Report on the working of the Ranchi Indian Mental Hospital, Kanke, in Bihar and Orissa - 1930-1940
Year: 1930
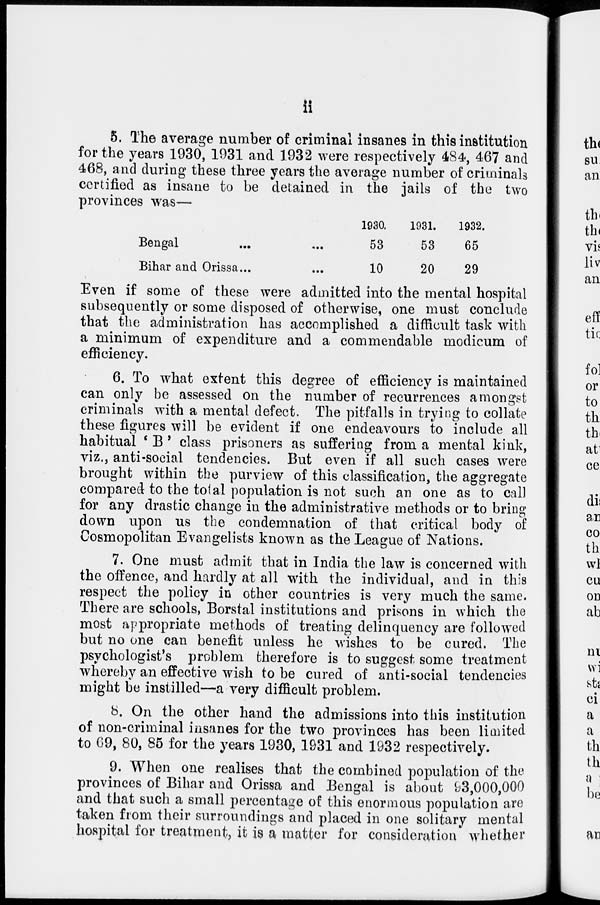
ii
5. The average number of criminal insanes in this institution
for the years 1930, 1931 and 1932 were respectively 484, 467 and
468, and during these three years the average number of criminals
certified as insane to be detained in the jails of the two
provinces was—
Bengal ... ... ...
Bihar and Orissa...
1930.
53
10
1931.
53
20
1932.
65
29
Even if some of these were admitted into the mental hospital
subsequently or some disposed of otherwise, one must conclude
that the administration has accomplished a difficult task with
a minimum of expenditure and a commendable modicum of
efficiency.
6. To what extent this degree of efficiency is maintained
can only be assessed on the number of recurrences amongst
criminals with a mental defect. The pitfalls in trying to collate
these figures will be evident if one endeavours to include all
habitual ' B ' class prisoners as suffering from a mental kink,
viz., anti-social tendencies. But even if all such cases were
brought within the purview of this classification, the aggregate
compared to the total population is not such an one as to call
for any drastic change in the administrative methods or to bring
down upon us the condemnation of that critical body of
Cosmopolitan Evangelists known as the League of Nations.
7. One must admit that in India the law is concerned with
the offence, and hardly at all with the individual, and in this
respect the policy in other countries is very much the same.
There are schools, Borstal institutions and prisons in which the
most appropriate methods of treating delinquency are followed
but no one can benefit unless he wishes to be cured. The
psychologist's problem therefore is to suggest some treatment
whereby an effective wish to be cured of anti-social tendencies
might be instilled—a very difficult problem.
8. On the other hand the admissions into this institution
of non-criminal insanes for the two provinces has been limited
to 69, 80, 85 for the years 1930, 1931 and 1932 respectively.
9. When one realises that the combined population of the
provinces of Bihar and Orissa and Bengal is about 93,000,000
and that such a small percentage of this enormous population are
taken from their surroundings and placed in one solitary mental
hospital for treatment, it is a matter for consideration whether